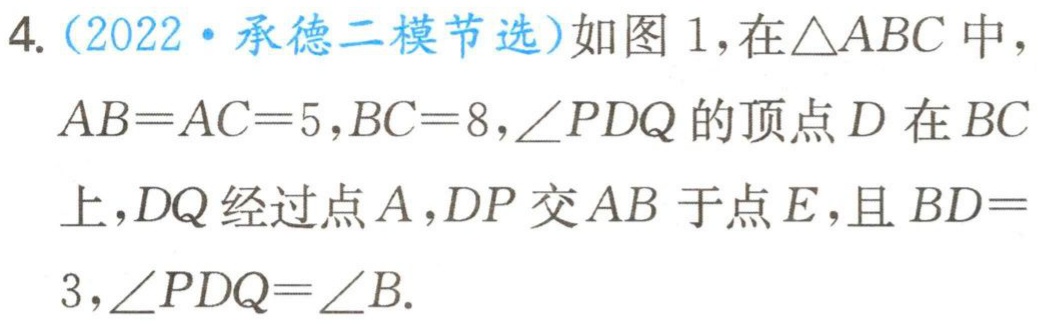
4.（2022·承德二模节选）如图1，在\(\triangle ABC\)中，\(AB = AC = 5\)，\(BC = 8\)，\(\angle PDQ\)的顶点\(D\)在\(BC\)上，\(DQ\)经过点\(A\)，\(DP\)交\(AB\)于点\(E\)，且\(BD = 3\)，\(\angle PDQ=\angle B\).